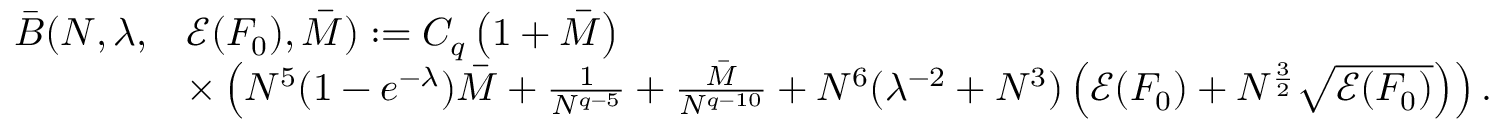
\begin{array} { r l } { \bar { B } ( N , \lambda , } & { \mathcal { E } ( F _ { 0 } ) , \overbar { M } ) : = C _ { q } \left( 1 + \overbar { M } \right) } \\ & { \times \left( N ^ { 5 } ( 1 - e ^ { - \lambda } ) \overbar { M } + \frac { 1 } { N ^ { q - 5 } } + \frac { \overbar { M } } { N ^ { q - 1 0 } } + N ^ { 6 } ( \lambda ^ { - 2 } + N ^ { 3 } ) \left( \mathcal { E } ( F _ { 0 } ) + N ^ { \frac { 3 } { 2 } } \sqrt { \mathcal { E } ( F _ { 0 } ) } \right) \right) . } \end{array}